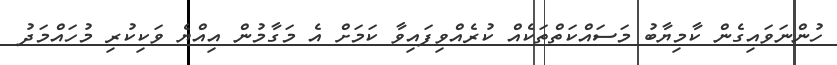
ހުންނަވައިގެން ކާމިޔާބު މަސައްކަތްތަކެއް ކުރެއްވިފައިވާ ކަމަށް އެ މަގާމުން އިއްޔެ ވަކިކުރި މުހައްމަދު